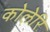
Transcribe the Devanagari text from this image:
कोलेरि